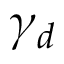
\gamma _ { d }